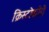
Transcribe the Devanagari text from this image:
क्रिस्टोफोरो